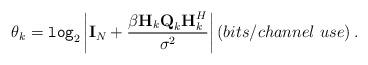
LaTeX: \begin{align*}\theta_k=\texttt{log}_2\left|\textbf{I}_N+\frac{\beta\textbf{H}_k\textbf{Q}_k\textbf{H}_k^H}{\sigma^2}\right|\left(bits/channel~use\right).\end{align*}